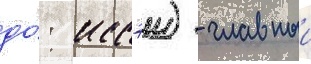
до́: иссэи) - главныи